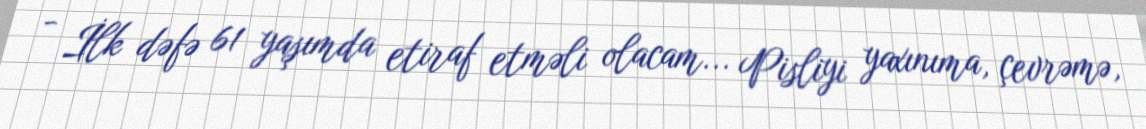
- İlk dəfə 61 yaşımda etiraf etməli olacam... Pisliyi yaxınıma, çevrəmə,